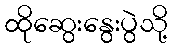
ထိုဆွေးနွေးပွဲသို့